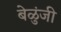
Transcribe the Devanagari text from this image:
बेळुंजी